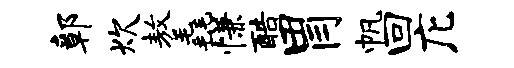
鄣炊敖毳慊酷胃帆回庀